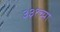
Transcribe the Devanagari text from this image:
३३१च्या